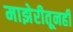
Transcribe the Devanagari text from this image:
माझेरीतूनही